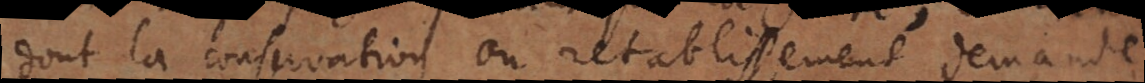
dont la conservation ou retablissement demande